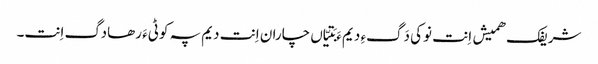
شریفک ھمیش اِنت نوکی دَگءِ دیم ءَ بَتیّاں چاران اِنت دیم پہ کوٹیءَ رھادگ اِنت۔